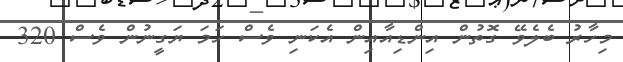
މިހާރު ބެލެވޭ ގޮތުން އިންޑިއާއިން އެކަނި ވެސް ހަމަ ޔަގީނުން ވެސް 320